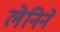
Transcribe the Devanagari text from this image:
लेनिने